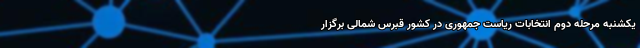
یکشنبه مرحله دوم انتخابات ریاست جمهوری در کشور قبرس شمالی برگزار